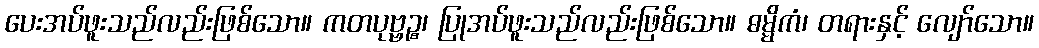
ပေးအပ်ဖူးသည်လည်းဖြစ်သော။ ကတပုဗ္ဗဉ္စ၊ ပြုအပ်ဖူးသည်လည်းဖြစ်သော။ ဓမ္မိကံ၊ တရားနှင့် လျော်သော။